Annual report on the working of the lock hospitals in the North-Western Provinces and Oudh
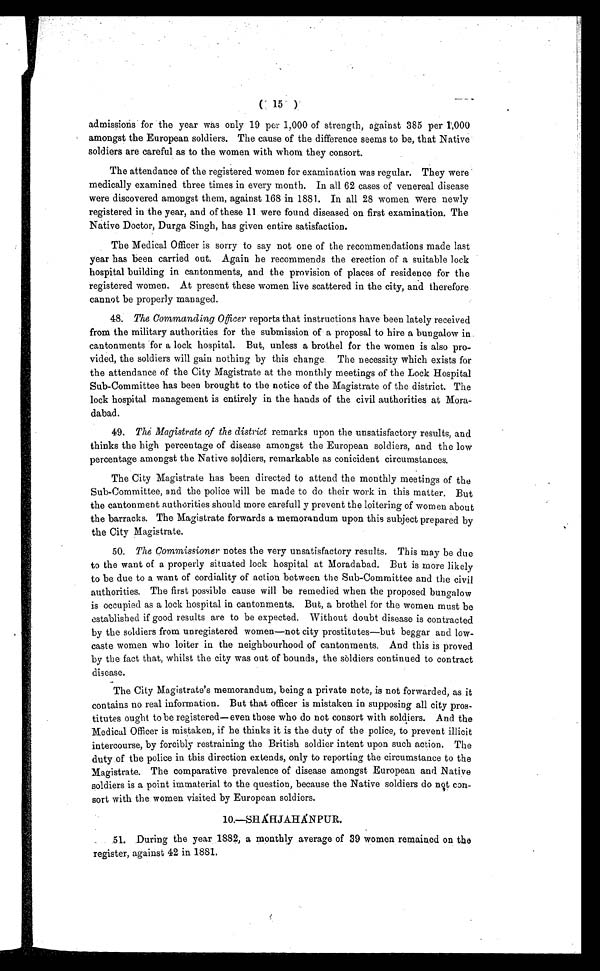
( 15 )
admissions for the year was only 19 per 1,000 of strength, against 385 per 1,000
amongst the European soldiers. The cause of the difference seems to be, that Native
soldiers are careful as to the women with whom they consort.
The attendance of the registered women for examination was regular. They were
medically examined three times in every month. In all 62 cases of venereal disease
were discovered amongst them, against 168 in 1881. In all 28 women were newly
registered in the year, and of these 11 were found diseased on first examination. The.
Native Doctor, Durga Singh, has given entire satisfaction.
The Medical Officer is sorry to say not one of the recommendations made last
year has been carried out. Again he recommends the erection of a suitable lock
hospital building in cantonments, and the provision of places of residence for the
registered women. At present these women live scattered in the city, and therefore.
cannot be properly managed.
48. The Commanding Officer reports that instructions have been lately received
from the military authorities for the submission of a proposal to hire a bungalow in
cantonments for a lock hospital. But, unless a brothel for the women is also pro-
vided, the soldiers will gain nothing by this change. The necessity which exists for
the attendance of the City Magistrate at the monthly meetings of the Lock Hospital
Sub-Committee has been brought to the notice of the Magistrate of the district. The
lock hospital management is entirely in the hands of the civil authorities at Mora-
dabad.
49. Thé Magistrate of the district remarks upon the unsatisfactory results, and
thinks the high percentage of disease amongst the European soldiers, and the low
percentage amongst the Native soldiers, remarkable as conicident circumstances.
The City Magistrate has been directed to attend the monthly meetings of the
Sub-Committee, and the police will be made to do their work in this matter. But
the cantonment authorities should more carefull y prevent the loitering of women about
the barracks. The Magistrate forwards a memorandum upon this subject prepared by
the City Magistrate.
50. The Commissioner notes the very unsatisfactory results. This may be due
to the want of a properly situated lock hospital at Moradabad. But is more likely
to be due to a want of cordiality of action between the Sub-Committee and the civil
authorities. The first possible cause will be remedied when the proposed bungalow
is occupied as a lock hospital in cantonments. But, a brothel for the women must be
established if good results are to be expected. Without doubt disease is contracted
by the soldiers from unregistered women—not city prostitutes—but beggar and low-
caste women who loiter in the neighbourhood of cantonments. And this is proved
by the fact that, whilst the city was out of bounds, the sòldiers continued to contract
disease.
The City Magistrate's memorandum, being a private note, is not forwarded, as it
contains no real information. But that officer is mistaken in supposing all city pros-
titutes ought to be registered—even those who do not consort with soldiers. And the
Medical Officer is mistaken, if he thinks it is the duty of the police, to prevent illicit
intercourse, by forcibly restraining the British soldier intent upon such action. The
duty of the police in .this direction extends, only to reporting the circumstance to the
Magistrate. The comparative prevalence of disease amongst European and Native
soldiers is a point immaterial to the question, because the Native soldiers do not con-
sort with the women visited by European soldiers.
10.—SHÁHJAHÁNPUR.
51. During the year 1882, a monthly average of 39 women remained on the
register, against 42 in 1881.